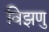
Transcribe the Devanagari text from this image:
विझणु